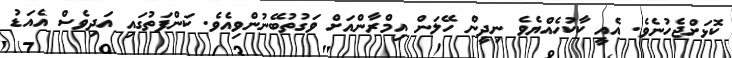
ކޮޅަށްޖެހުނެވެ. އެއީ ކާކުހެއްޔެވެ ނިދީން ހޭލަން އިމްރާންއަށް ވަގުތުބޭނުންވިއެވެ. ކަންފަތުގައި އަދިވެސް އެއަޑު